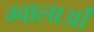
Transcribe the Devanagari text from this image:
ग्वालाओं